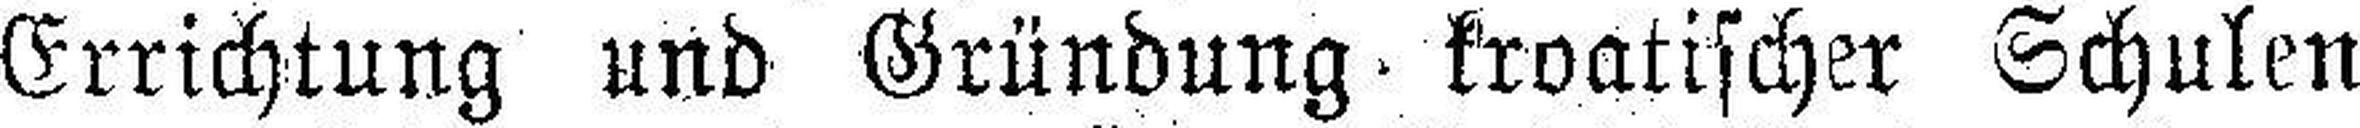
Errichtung und Gründung, kroatischer Schulen